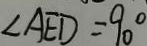
\angle A E D = 9 0 ^ { \circ }